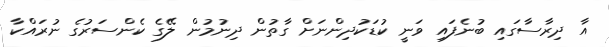
އާ ދިރާސާގައި ބުނެފައި ވަނީ ކުޑަކުދިންނަށް ގާތުން ދިނުމުން ލޭގެ ކެންސަރުގެ ނުރައްކާ